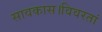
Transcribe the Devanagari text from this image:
सावकास।विवरतां